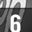
Digit: 6